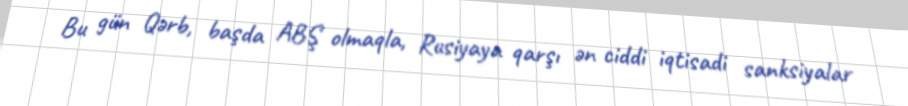
Bu gün Qərb, başda ABŞ olmaqla, Rusiyaya qarşı ən ciddi iqtisadi sanksiyalar